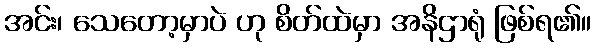
အင်း၊ သေတော့မှာပဲ ဟု စိတ်ထဲမှာ အနိဌာရုံ ဖြစ်ရ၏။